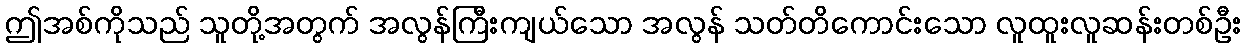
ဤအစ်ကိုသည် သူတို့အတွက် အလွန်ကြီးကျယ်သော အလွန် သတ်တိကောင်းသော လူထူးလူဆန်းတစ်ဦး